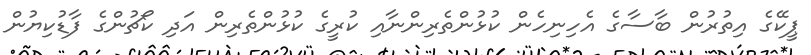
ޕީކޭގެ އިތުރުން ބާސާގެ އެހިނިހެން ކުޅުންތެރިންނާއި ކުރީގެ ކުޅުންތެރިން އަދި ކޯޗުންގެ ފާޑުކިޔުން